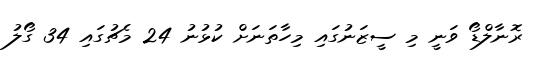
ރޮނާލްޑޯ ވަނީ މި ސީޒަނުގައި މިހާތަނަށް ކުޅުނު 24 މެޗުގައި 34 ގޯލު